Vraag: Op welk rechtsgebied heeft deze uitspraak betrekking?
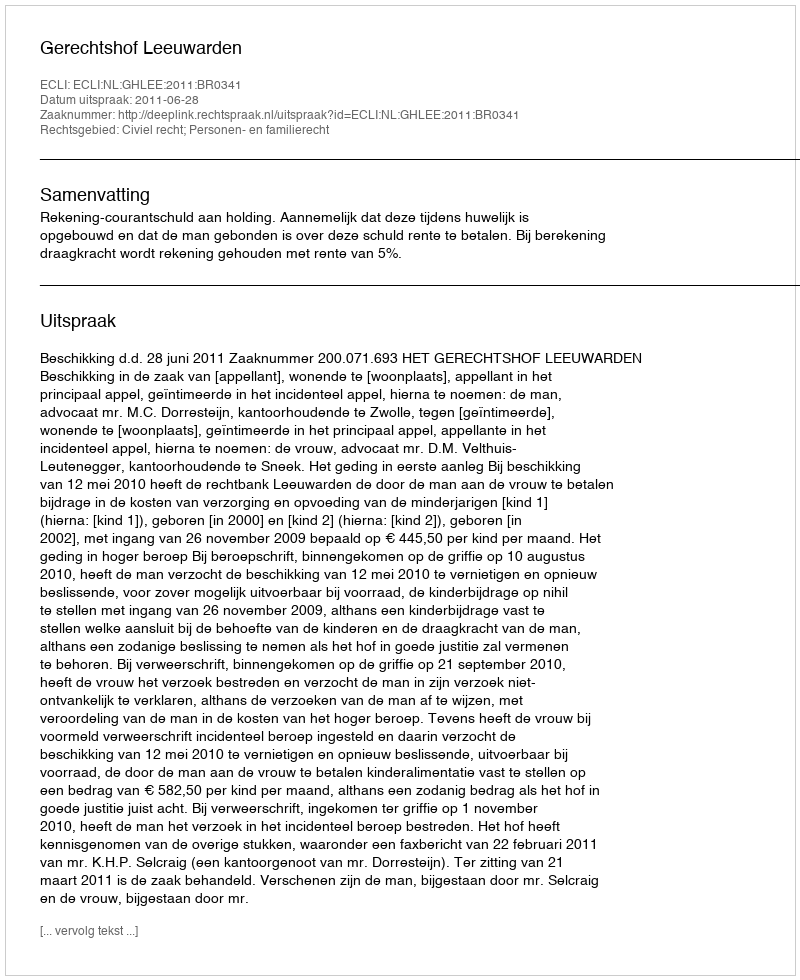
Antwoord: Civiel recht; Personen- en familierecht